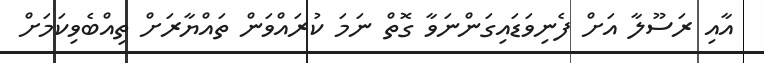
އާއި ރަސޫލާ އަށް ފެނިވަޑައިގަންނަވާ ގޮތް ނަމަ ކުރައްވަން ތައްޔާރަށް ތިއްބެވިކަމަށް